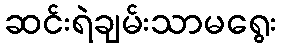
ဆင်းရဲချမ်းသာမရွေး